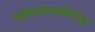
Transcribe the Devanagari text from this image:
यष्टीरक्षकाव्यतिरीक्त